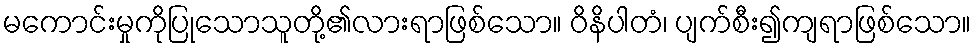
မကောင်းမှုကိုပြုသောသူတို့၏လားရာဖြစ်သော။ ဝိနိပါတံ၊ ပျက်စီး၍ကျရာဖြစ်သော။